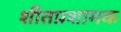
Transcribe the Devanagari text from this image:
शीतप्रशामक